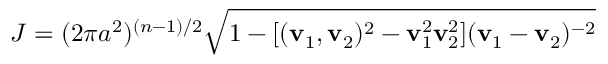
J = ( 2 \pi a ^ { 2 } ) ^ { ( n - 1 ) / 2 } \sqrt { 1 - [ ( { \bf v } _ { 1 } , { \bf v } _ { 2 } ) ^ { 2 } - { \bf v } _ { 1 } ^ { 2 } { \bf v } _ { 2 } ^ { 2 } ] ( { \bf v } _ { 1 } - { \bf v } _ { 2 } ) ^ { - 2 } }